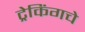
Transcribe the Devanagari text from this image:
ट्रेकिंगचे